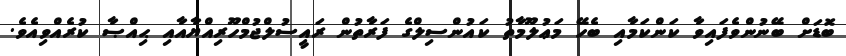
ބޮޑަށް ބޭނުންވެފައިވާ ކަންކަމާއި ބެހޭ މަޢުލޫމާތު ކައުންސިލްގެ ފަރާތުން ރައީސުލްޖުމްހޫރިއްޔާއާއި ޙިއްޞާ ކުރެއްވިއެވެ.